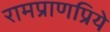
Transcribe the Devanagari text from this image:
रामप्राणप्रिये